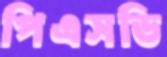
পিএসডি